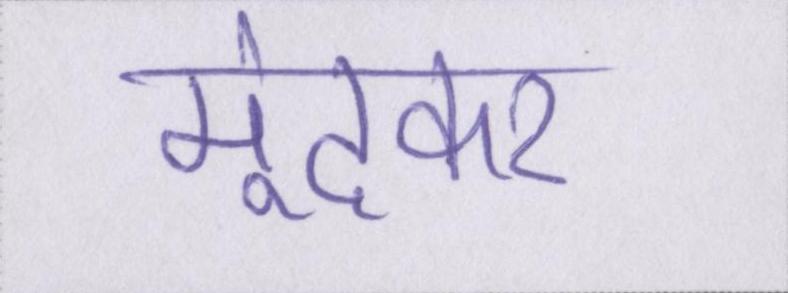
मूंदकर